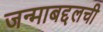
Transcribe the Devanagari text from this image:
जन्माबद्दलची